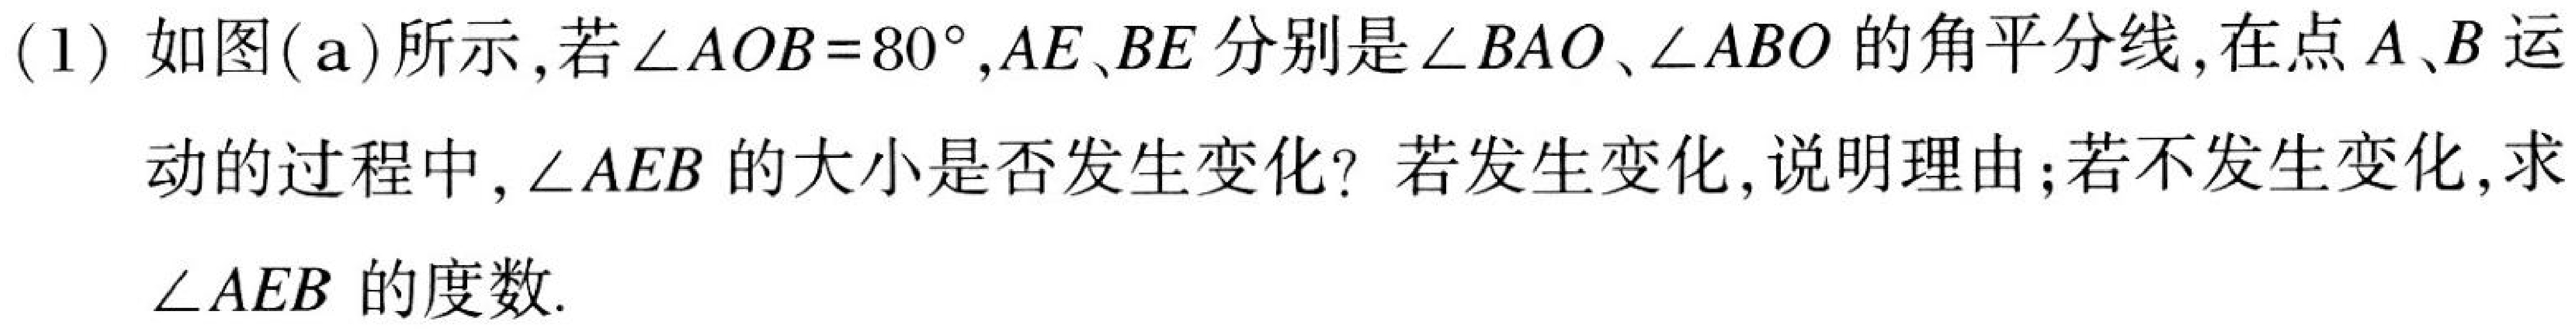
(1) 如图(a)所示,若\(\angle AOB = 80^{\circ},AE、BE\)分别是\(\angle BAO\)、\(\angle ABO\)的角平分线,在点\(A、B\)运
动的过程中, \(\angle AEB\)的大小是否发生变化? 若发生变化,说明理由;若不发生变化,求
\(\angle AEB\)的度数.